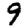
Digit: 9